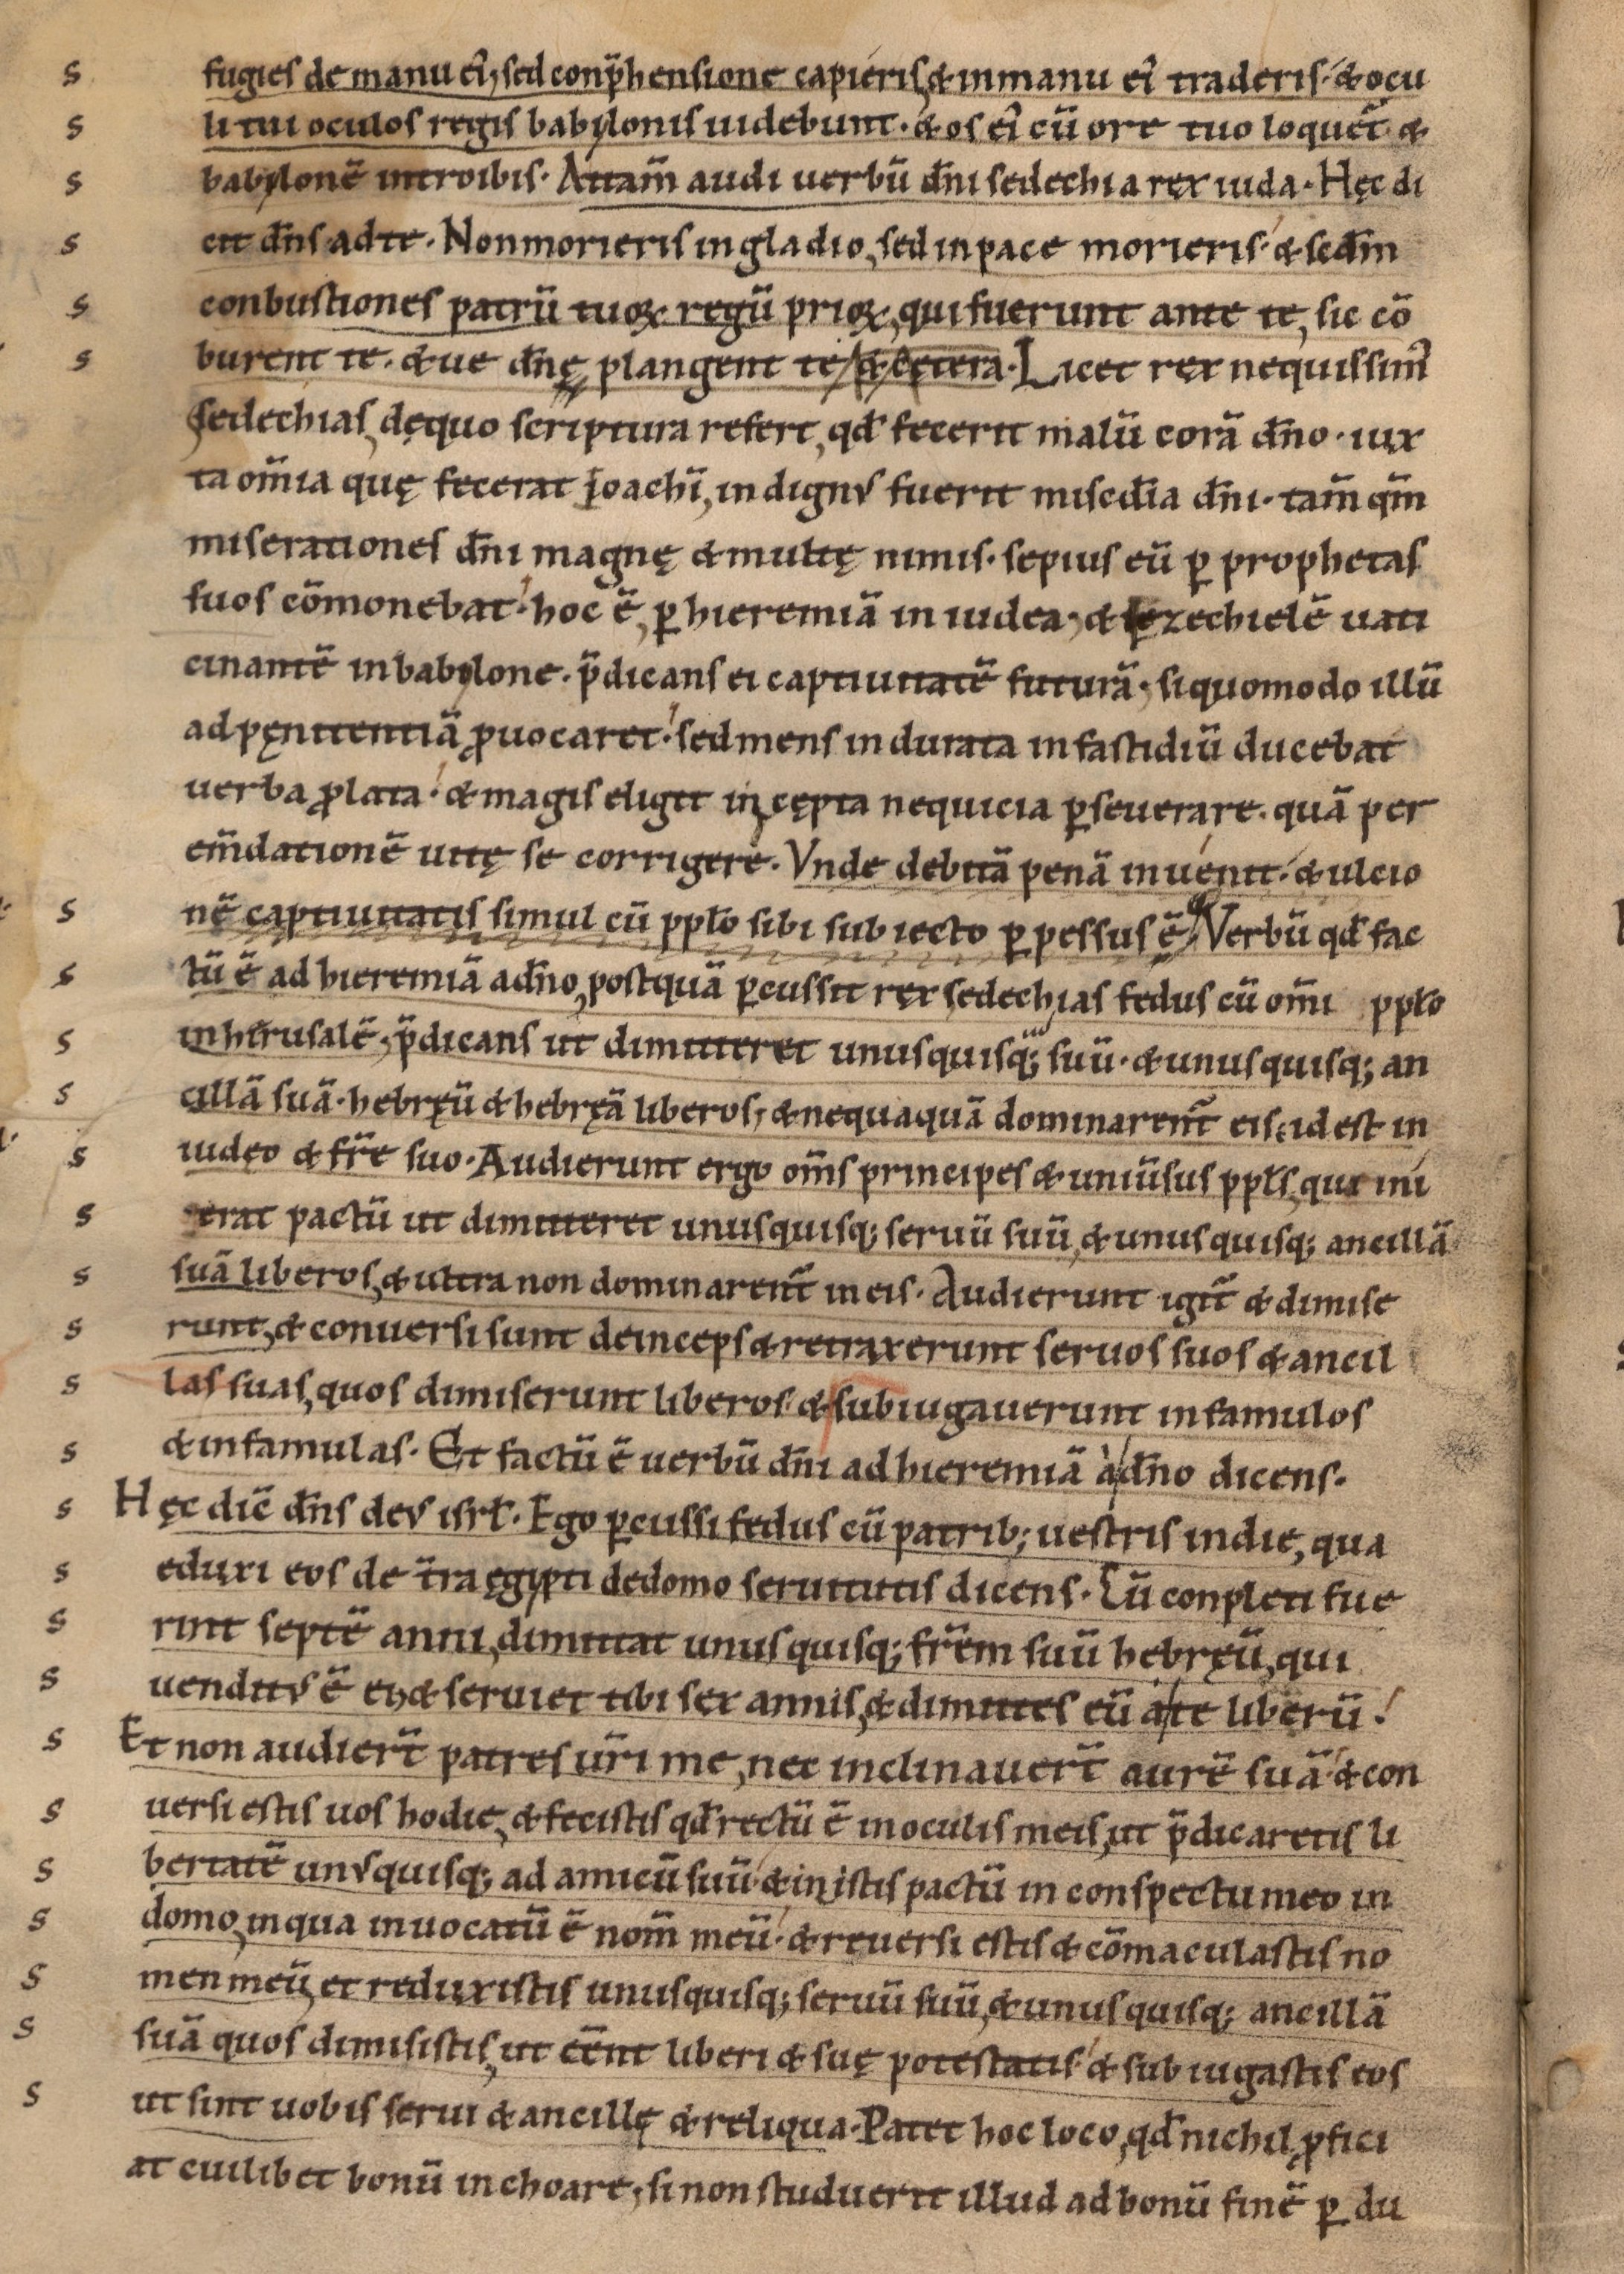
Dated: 1085–1115